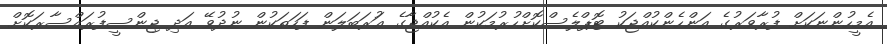
އެމީހުންނަކަށް ފުރާވަރުގެ އަންހެންކުއްޖަކު ޓޮޕްލެސްކޮށްހުރުމަކުން އެކުއްޖާގެ ޢަުރަބަލަން ފަހަތަކުން ނުދުވޭ އަދި ޖިންސީފުރައްސާރަކޮށް